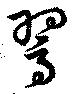
翯